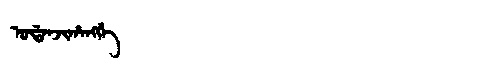
Manchu: ᡠᡩᠠᠨᠵᡳᡥᠠᠩᡤᡝ
Romanization: UDANJIHANGGE